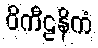
ဝိကီဠနိကံ